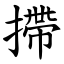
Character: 摕